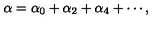
\alpha = \alpha _ { 0 } + \alpha _ { 2 } + \alpha _ { 4 } + \cdots ,